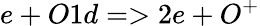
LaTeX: e+O1d=>2e+O^{+}